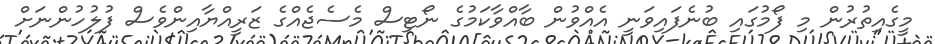
މީގެއިތުރުން މި ފޯމުގައި ބުނެފައިވަނީ އެއްވުން ބާއްވާކަމުގެ ނޯޓިސް މެސެޖެއްގެ ޒަރީއްޔާއިންވެސް ފުލުހުންނަށް